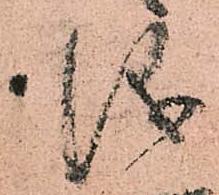
儀